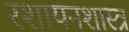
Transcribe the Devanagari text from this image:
रशायनशास्त्र